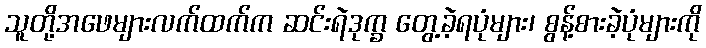
သူတို့အဖေများလက်ထက်က ဆင်းရဲဒုက္ခ တွေ့ခဲ့ရပုံများ၊ စွန့်စားခဲ့ပုံများကို